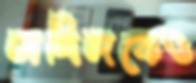
অখিলকেও